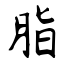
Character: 脂